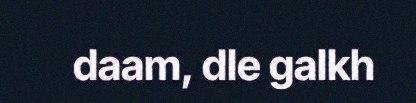
daam, dle galkh